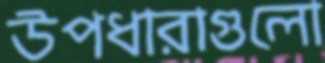
উপধারাগুলো